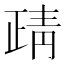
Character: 靕